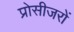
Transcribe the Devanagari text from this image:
प्रोसीजरों